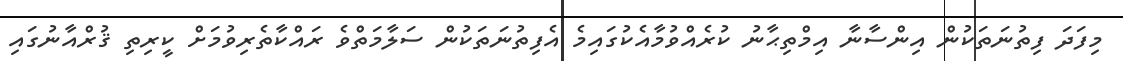
މިފަދަ ފިތުނަތަކުން އިންސާނާ އިމްތިޙާނު ކުރެއްވުމާއެކުގައިމެ އެފިތުނަތަކުން ސަލާމަތްވެ ރައްކާތެރިވުމަށް ކީރިތި ޤުރްއާނުގައި